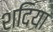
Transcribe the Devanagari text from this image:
शदिया